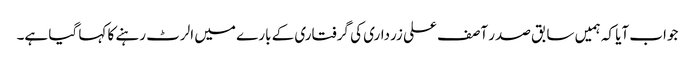
جواب آیا کہ ہمیں سابق صدر آصف علی زرداری کی گرفتاری کے بارے میں الرٹ رہنے کا کہا گیا ہے۔